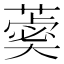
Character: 𦻞